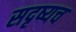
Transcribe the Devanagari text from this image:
सदृष्यच